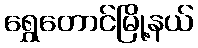
ရွှေတောင်မြို့နယ်